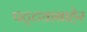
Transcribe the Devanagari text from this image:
पट्ट्याबाहेर